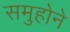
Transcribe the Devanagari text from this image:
समुहोने